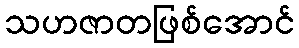
သဟဇာတဖြစ်အောင်